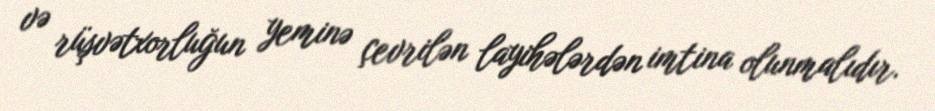
və rüşvətxorluğun yeminə çevrilən layihələrdən imtina olunmalıdır.